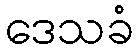
ဒေသခံ